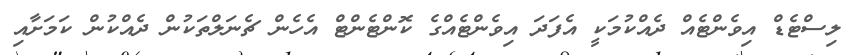
ލިސްޓެޑް އިވެންޓެއް ދެއްކުމަކީ އެފަދަ އިވެންޓެއްގެ ކޮންޓެންޓް އެހެން ޗެނަލްތަކުން ދެއްކުން ކަމަށާއި